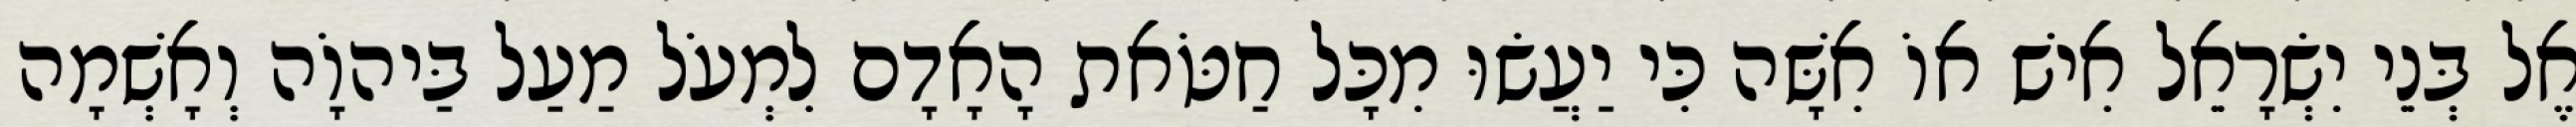
אֶל בְּנֵי יִשְׂרָאֵל אִישׁ אוֹ אִשָּׁה כִּי יַעֲשׂוּ מִכָּל חַטֹּאת הָאָדָם לִמְעֹל מַעַל בַּיהוָֹה וְאָשְׁמָה